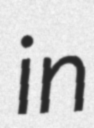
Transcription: in